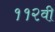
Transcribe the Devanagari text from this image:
११२वी